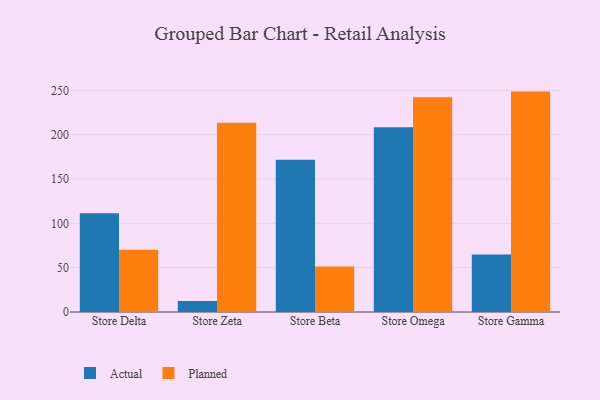
{"axis": {"x": "Store", "y": "Headcount"}, "legend": ["Actual", "Planned"], "data": [{"x": "Store Delta", "y": 111.3, "type": "Actual"}, {"x": "Store Delta", "y": 70.3, "type": "Planned"}, {"x": "Store Zeta", "y": 12.4, "type": "Actual"}, {"x": "Store Zeta", "y": 213.5, "type": "Planned"}, {"x": "Store Beta", "y": 171.8, "type": "Actual"}, {"x": "Store Beta", "y": 51.2, "type": "Planned"}, {"x": "Store Omega", "y": 208.4, "type": "Actual"}, {"x": "Store Omega", "y": 242.2, "type": "Planned"}, {"x": "Store Gamma", "y": 64.8, "type": "Actual"}, {"x": "Store Gamma", "y": 248.6, "type": "Planned"}]}